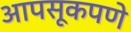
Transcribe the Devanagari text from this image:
आपसूकपणे